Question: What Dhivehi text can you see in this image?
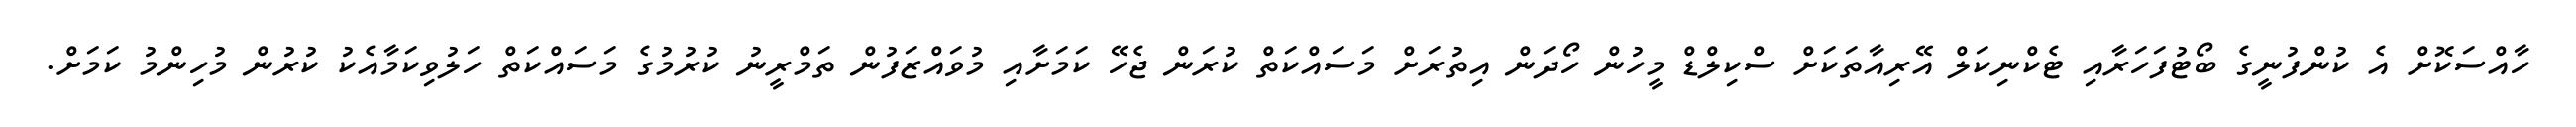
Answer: ހާއްސަކޮށް އެ ކުންފުނީގެ ބޯޓުފަހަރާއި ޓެކްނިކަލް އޭރިއާތަކަށް ސްކިލްޑް މީހުން ހޯދަން އިތުރަށް މަސައްކަތް ކުރަން ޖެހޭ ކަމަށާއި މުވައްޒަފުން ތަމްރީނު ކުރުމުގެ މަސައްކަތް ހަލުވިކަމާއެކު ކުރުން މުހިންމު ކަމަށް.